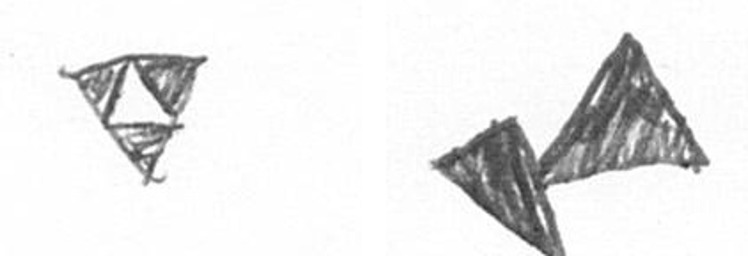
S F